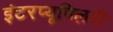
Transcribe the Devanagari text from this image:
इंटरप्यूपिलरी